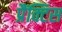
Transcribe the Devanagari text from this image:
प्रैंक्टिस